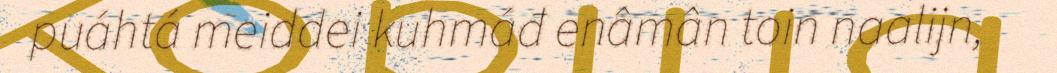
puáhtá meiddei kuhmáđ enâmân toin naalijn,